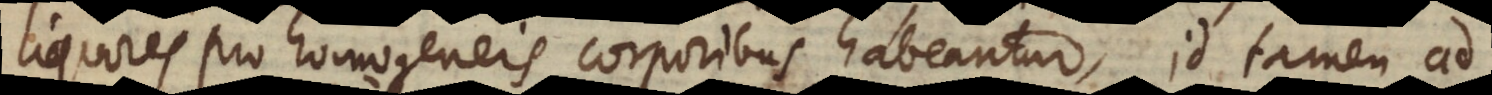
liquores pro homogeneis corporibus habeantur, id tamen ad